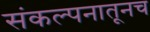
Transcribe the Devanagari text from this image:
संकल्पनातूनच